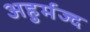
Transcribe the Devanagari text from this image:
अहुर्मज्द